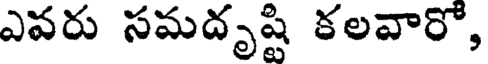
ఎవరు సమదృష్టి కలవారో,